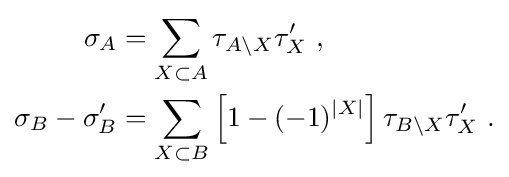
{\begin{aligned}\sigma _{A}&=\sum _{X\subset A}\tau _{A\setminus X}\tau '_{X}~,\\\sigma _{B}-\sigma '_{B}&=\sum _{X\subset B}\left[1-(-1)^{|X|}\right]\tau _{B\setminus X}\tau '_{X}~.\end{aligned}}